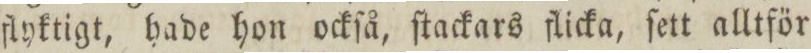
flyktigt, hade hon ockſå, ſtackars flicka, ſett alltför